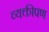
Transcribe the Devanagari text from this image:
व्यक्तीपण